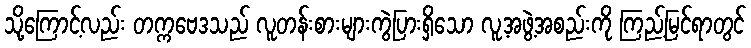
သို့ကြောင့်လည်း တက္ကဗေဒသည် လူတန်းစားများကွဲပြားရှိသော လူ့အဖွဲ့အစည်းကို ကြည့်မြင်ရာတွင်